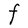
Character: F